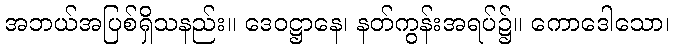
အဘယ်အပြစ်ရှိသနည်း။ ဒေဝဋ္ဌာနေ၊ နတ်ကွန်းအရပ်၌။ ကောဒေါသော၊